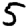
Digit: 5